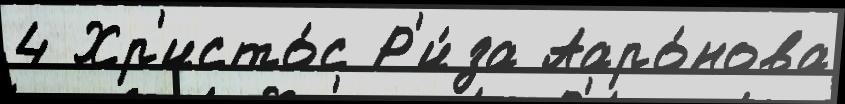
4 Хр'исто́с Р'и́за Ааро́нова